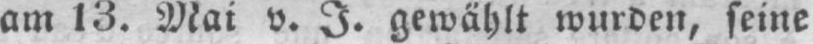
am 13. Mai v. I. gewählt wurden, seine